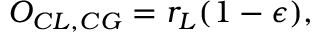
O _ { C L , C G } = r _ { L } ( 1 - \epsilon ) ,